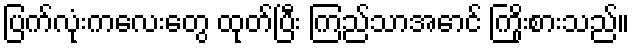
ပြက်လုံးကလေးတွေ ထုတ်ပြီး ကြည်သာအောင် ကြိုးစားသည်။